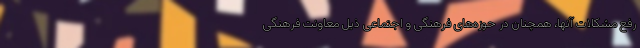
رفع مشکلات آنها، همچنان در حوزه‌های فرهنگی و اجتماعی ذیل معاونت فرهنگی